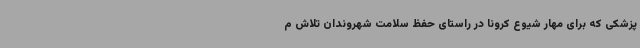
پزشکی که برای مهار شیوع کرونا در راستای حفظ سلامت شهروندان تلاش م